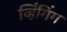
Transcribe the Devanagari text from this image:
व्हिंगिंग